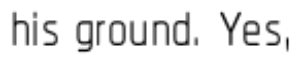
his ground. Yes,